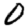
Digit: 0